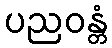
ပညဝန္တံ